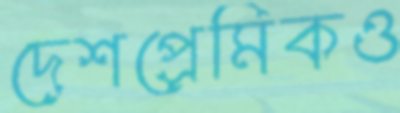
দেশপ্রেমিকও